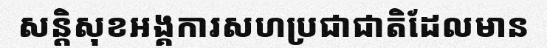
សន្តិសុខអង្គការសហប្រជាជាតិដែលមាន